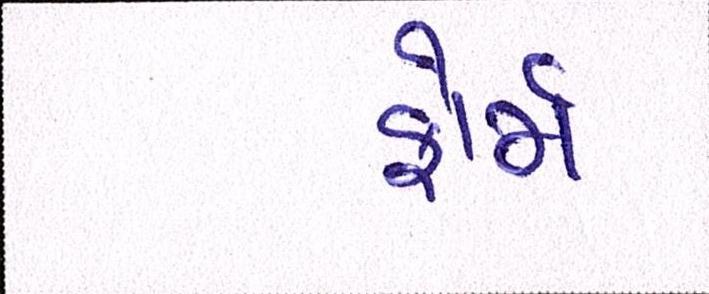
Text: ફોર્મ